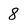
Character: 8